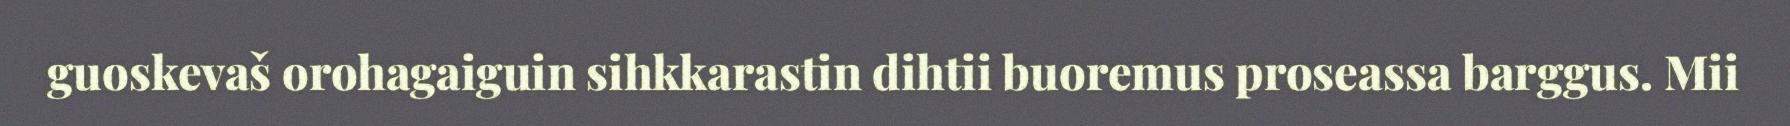
guoskevaš orohagaiguin sihkkarastin dihtii buoremus proseassa barggus. Mii